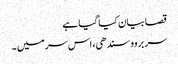
قصا بیان کیا گیا ہے
سر بروو سندھی، اس سر میں ۔